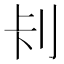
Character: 𭃏